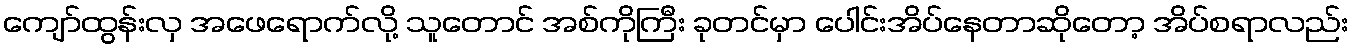
ကျော်ထွန်းလှ အဖေရောက်လို့ သူတောင် အစ်ကိုကြီး ခုတင်မှာ ပေါင်းအိပ်နေတာဆိုတော့ အိပ်စရာလည်း